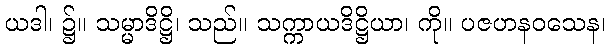
ယဒါ၊ ၌။ သမ္မာဒိဋ္ဌိ၊ သည်။ သက္ကာယဒိဋ္ဌိယာ၊ ကို။ ပဇဟနဝသေန၊